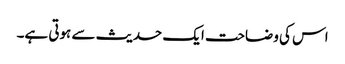
اس کی وضاحت ایک حدیث سے ہوتی ہے۔